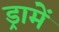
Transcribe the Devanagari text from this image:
ड्रामें